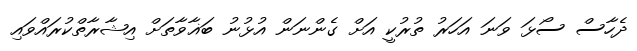
ދެހާސް ސޯޅަ ވަނަ އަހަރު ތުރުކީ އަށް ގެންނަން އުޅުނު ބަޣާވާތަށް އިޝާރާތްކުރައްވައި